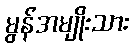
မွန်အမျိုးသား